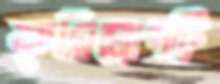
কুমিল্লাপট্টি